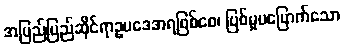
အပြည်ပြည်ဆိုင်ရာဥပဒေအရဖြစ်စေ၊ ပြစ်မှုမမြောက်သော